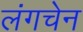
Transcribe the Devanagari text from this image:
लंगचेन